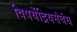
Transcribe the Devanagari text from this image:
विषयेंद्रियसंबंध